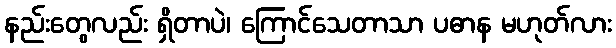
နည်းတွေလည်း ရှိတာပဲ၊ ကြောင်သေတာသာ ပဓာန မဟုတ်လား